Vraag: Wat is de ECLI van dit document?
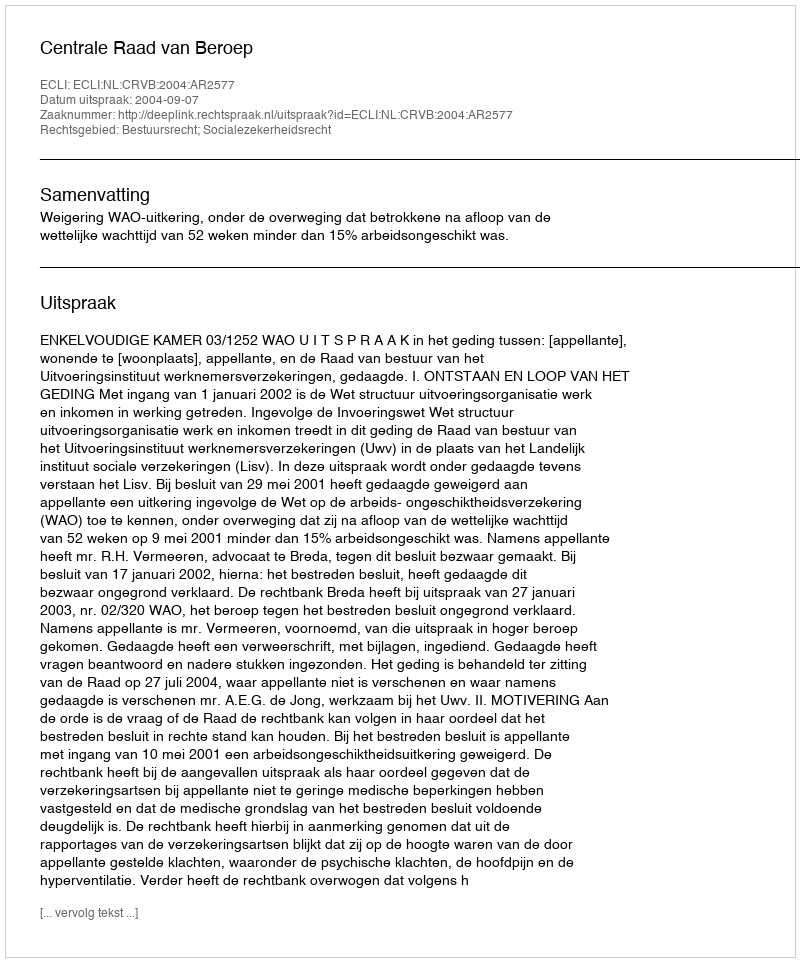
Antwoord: ECLI:NL:CRVB:2004:AR2577